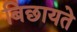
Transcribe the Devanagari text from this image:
बिछायते